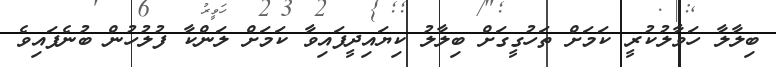
ބިލާލާ ހަވާލުކުރީ ކަމަށް ތަހުގީގަށް ބިލާލު ކިޔައިދީފައިވާ ކަމަށް ލަންކާ ފުލުހުން ބުނެފައިވެ